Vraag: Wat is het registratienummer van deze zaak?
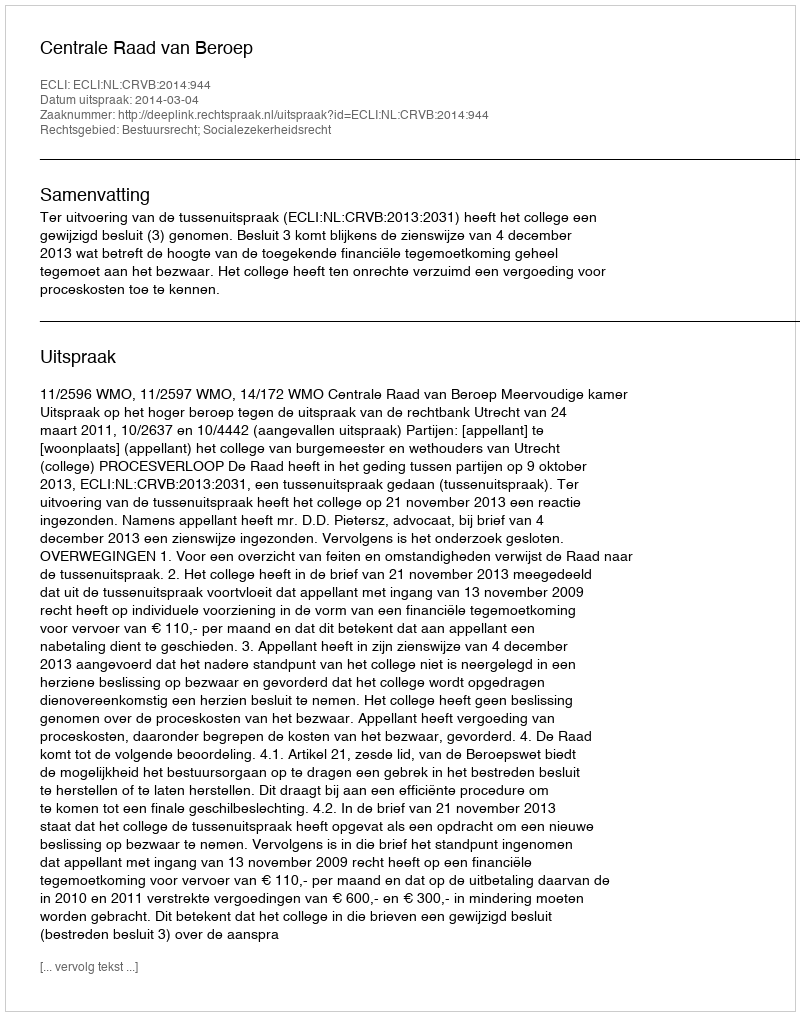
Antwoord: http://deeplink.rechtspraak.nl/uitspraak?id=ECLI:NL:CRVB:2014:944